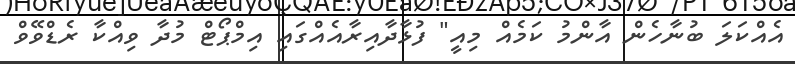
އެއްކަލަ ބުނާހެން އާންމު ކަމެއް މިއީ" ފުޅާދާއިރާއެއްގައި އިމްޕޯޓް މުދާ ވިއްކާ ރެޑްވޭވް